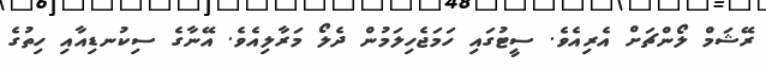
ރޭޝަމް ލޯންޗަށް އެރިއެވެ. ސީޓުގައި ހަމަޖެހިލަމުން ދެލޯ މަރާލިއެވެ. އޭނާގެ ސިކުނޑިއާއި ހިތުގެ